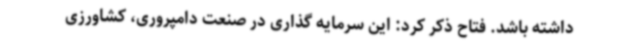
داشته باشد. فتاح ذکر کرد: این سرمایه گذاری در صنعت دامپروری، کشاورزی